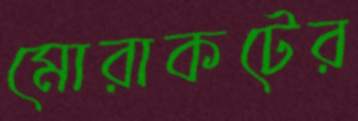
মোরাকটের